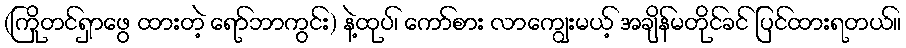
(ကြိုတင်ရှာဖွေ ထားတဲ့ ရော်ဘာကွင်း) နဲ့ထုပ်၊ ကော်စား လာကျွေးမယ့် အချိန်မတိုင်ခင် ပြင်ထားရတယ်။